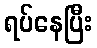
ရပ်နေပြီး